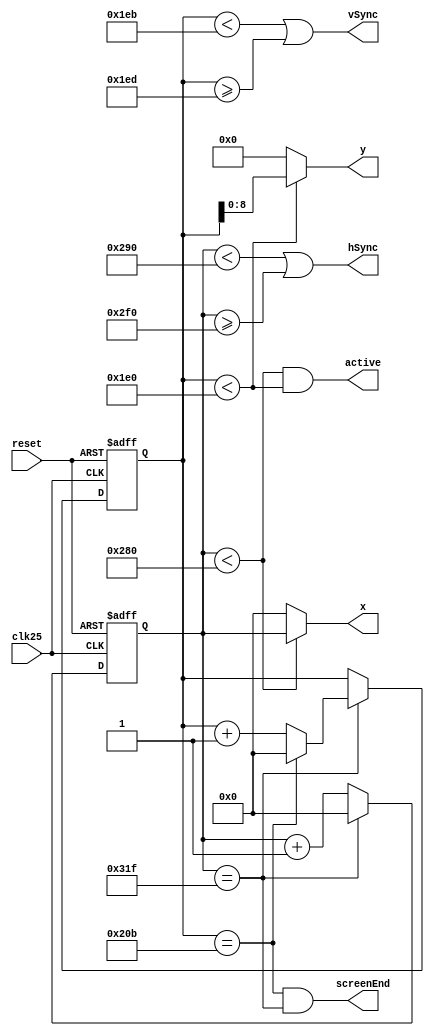
`timescale 1 ns/ 1 ps
module VGATimingGenerator #(parameter HEIGHT=480, WIDTH=640) (
	input clk25, 		// 25 MHz clock
	input reset, 		// Reset the Frame
	output active, 		// In the visible area
	output screenEnd,	// High for one cycle between frames
	output hSync,		// Horizontal sync, active high, marks the end of a horizontal line
	output vSync,		// Vertical sync, active high, marks the end of a vertical line
	output[9:0] x,		// X coordinate from left
	output[8:0] y);		// Y coordinate from top
	
	
	localparam 
		H_FRONT_PORCH = 16,
		H_SYNC_WIDTH  = 96,
		H_BACK_PORCH  = 48,

		H_SYNC_START = WIDTH + H_FRONT_PORCH,
		H_SYNC_END   = H_SYNC_START + H_SYNC_WIDTH,
		H_LINE       = H_SYNC_END + H_BACK_PORCH,

		V_FRONT_PORCH = 11,
		V_SYNC_WIDTH  = 2,
		V_BACK_PORCH  = 31,

		V_SYNC_START = HEIGHT + V_FRONT_PORCH,
		V_SYNC_END   = V_SYNC_START + V_SYNC_WIDTH,
		V_LINE       = V_SYNC_END + V_BACK_PORCH;

	// Count the position on the screen to decide the VGA regions
	reg[9:0] hPos = 0;
	reg[9:0] vPos = 0;
	always @(posedge clk25 or posedge reset) begin
		if(reset) begin
			hPos <= 0;
			vPos <= 0;
		end else begin
			if(hPos == H_LINE - 1) begin // End of horizontal line
				hPos <= 0;
				if(vPos == V_LINE - 1)   // End of vertical line
					vPos <= 0;
				else begin
					vPos <= vPos + 1;
				end
			end else 
				hPos <= hPos + 1;
		end
	end

	// Determine active regions
	wire activeX, activeY;
	assign activeX = (hPos < WIDTH);   // Active for the first 640 pixels of each line
	assign activeY = (vPos < HEIGHT);  // Active for the first 480 horizontal lines 
	assign active = activeX & activeY; // Active when both x and y are active      

	// Only output the x and y coordinates 
	assign x = activeX ? hPos : 0; // Output x coordinate when x is active. Otherwise 0
	assign y = activeY ? vPos : 0; // Output y coordinate when x is active. Otherwise 0

	// Screen ends when x and y reach their ends 
	assign screenEnd = (vPos == (V_LINE - 1)) & (hPos == (H_LINE - 1)); 

	// Generate the sync signals based on the parameters
	assign hSync = (hPos < H_SYNC_START) | (hPos >= H_SYNC_END);
	assign vSync = (vPos < V_SYNC_START) | (vPos >= V_SYNC_END);
endmodule